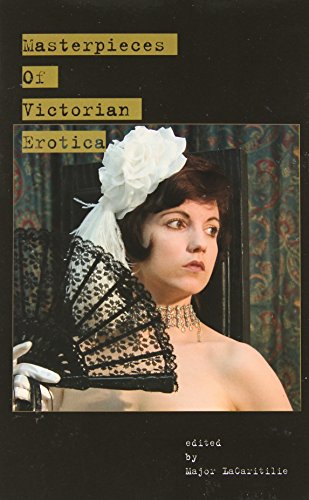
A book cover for Masterpieces of Victorian Erotica; Romance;